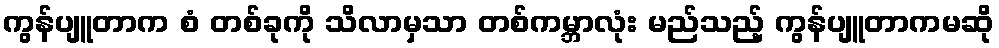
ကွန်ပျူတာက စံ တစ်ခုကို သိလာမှသာ တစ်ကမ္ဘာလုံး မည်သည့် ကွန်ပျူတာကမဆို